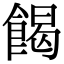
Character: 餲